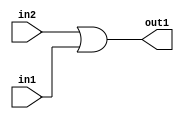
`timescale 1ps / 1ps
/*****************************************************************************
    Verilog RTL Description
    
    
    Created by: Stratus DpOpt 21.05.01 
*******************************************************************************/

module dut_Or_1Ux1U_1U_1 (
	in2,
	in1,
	out1
	); /* architecture "behavioural" */ 
input  in2,
	in1;
output  out1;
wire  asc001;

assign asc001 = 
	(in2)
	|(in1);

assign out1 = asc001;
endmodule

/* CADENCE  urb0TA0= : u9/ySxbfrwZIxEzHVQQV8Q== ** DO NOT EDIT THIS LINE ******/